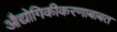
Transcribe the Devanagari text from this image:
औद्योगिकीकरणाबाबत